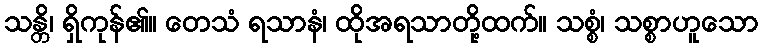
သန္တိ၊ ရှိကုန်၏။ တေသံ ရသာနံ၊ ထိုအရသာတို့ထက်။ သစ္စံ၊ သစ္စာဟူသော